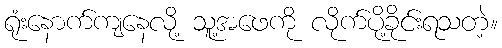
ရုံးနောက်ကျနေလို့ သူ့အဖေကို လိုက်ပို့ခိုင်းရသတဲ့။